Civil Veterinary Department Bengal reports 1933-51 - 1933-1951
Year: 1933
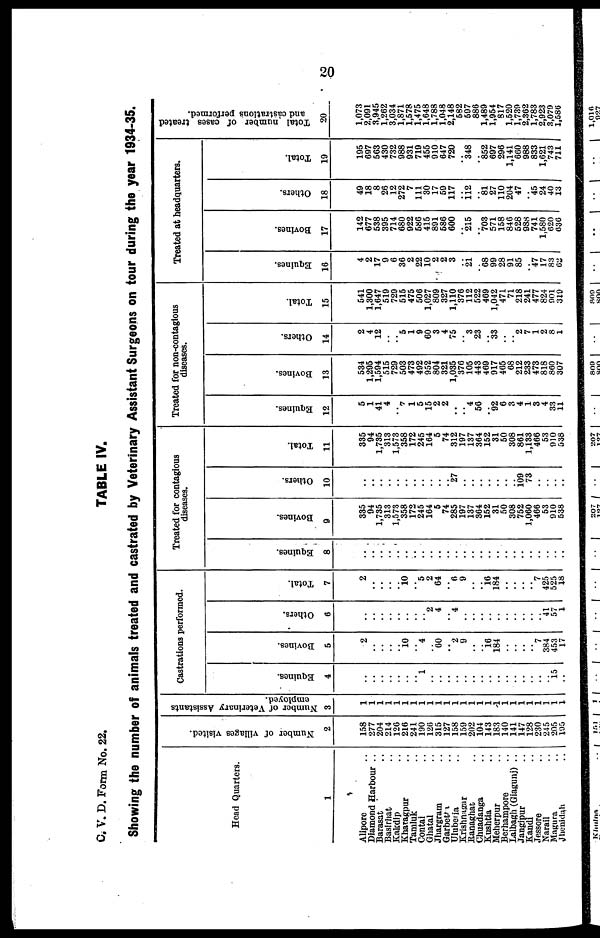
20
C. V. D. Form No. 22.
TABLE IV.
Showing the number of animals treated and castrated by Veterinary Assistant Surgeons on tour during the year 1934-35.
Head Quarters.
1
Aliporc ..
Diamond Harbour ..
Barasat ..
Basirhat ..
Kakdip ..
Kharagpur ..
Tamluk ..
Contal ..
Ghatal ..
Jhargram ..
Garbett ..
Uluberia ..
Krishnagar
Ranaghat ..
Chuadanga ..
Kushtia ..
Meherpur ..
Berhampore ..
Lalbagh (Giagunj) ..
Jangipur ..
Kandi ..
Jessore ..
Narail ..
Magura ..
Jhenidah ..
Number of villages visited.
2
158
277
204
214
120
216
241
190
12(1
315
127
158
159
202
104
143
183
140
141
147
128
230
245
205
105
Number of Veterinary Assistants
employed.
3
1
1
1
1
1
1
1
1
1
1
1
1
1
1
1
1 1
1
1
1
1
1
1
1
1
Castrations performed.
Equines.
4
..
..
..
..
..
..
.. 1
..
..
..
..
..
..
..
..
..
..
..
..
..
..
.. 15
..
Bovines.
5
2
..
..
..
..
10
.. 4
..
60
.. 2
9
..
..
16
184
..
..
..
.. 7
384
453
17
Others.
0
..
..
..
..
..
..
..
.. 2
4
.. 4
..
..
..
..
..
..
..
..
..
.. 41
57
1
Total.
7
2
..
..
..
..
10
.. 5
2
64
.. 6 9
..
..
16
184
..
..
..
.. 7
425
525
18
Treated for contagious
diseases.
Equines.
8
..
..
..
..
..
..
..
..
..
..
..
..
..
..
..
..
..
..
..
..
..
..
..
..
..
Bovines.
9
335
94
1,735
313
1,573
358
172
245
164
5
74
285
197
137
364
152
31
50
308
752
1,060
466
53
910
538
Others.
10
..
..
..
..
..
..
..
..
..
..
.. 27
..
..
..
..
..
..
..
109 73
..
..
..
..
Total.
11
335
94
1,735
313
1,573
358
172
245
164
5
74
312
197
137
364
152
31
50
308
861
1,133
466
53
910
538
Treated for non-contagious
diseases.
Equines.
12
5
1
41
4
.. 7
1
5
15
2
2
..
.. 4
50
.. 92
6
3
4
1
3
4
33
11
Bovines.
13
534
1,295
1,594
515
729
503
473
492
952
804
321
1,035
376
105
443
469
917
465
68
212
233
473
818
860
307
Others.
14
2
4
12
..
.. 5
1
9
60
3
4
75
.. 3
23
.. 33
..
.. 2
7
1
2
8
1
Total.
15
541
1,300
1,647
519
729
515
475
506
1,027
809
327
1,110
376
112
522
469
1,042
471
71
218
241
477
824
901
319
Treated at headquarters.
Equines.
16
4
2
17
9
6
36
2
22
10
2
2
3
.. 21
.. 68
99
28
91
85
.. 47
17
83
62
Bovines.
17
142
677
538
395
714
680
922
586
415
891
586
600
.. 215
.. 703
571
158
846
528
988
741
1,580
620
630
Others.
18
49
18
8
26
12
272
7
111
30
17
59
117
.. 1l2
.. 81
27
110
204
47
.. 45
24
40
13
Total.
19
195
697
563
430
732
988
931
719
455
910
647
720
.. 348
.. 852
697
296
1,141
600
988
833
1,621
743
711
Total number of cases treated
and castrations performed.
20
1,073
2,091
3,945
1,262
3,034
1,871
1,578
1,475
1,648
1,788
1,048
2,148
582
597
886
1,489
1,954
817
1,520
1,739
2,362
1,783
2,923
3,079
1,580